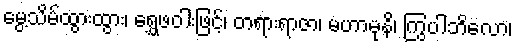
မွေ့သိမ်ထွားထွား၊ ရွှေဖဝါးဖြင့်၊ တရားရာဇာ၊ မဟာမုနိ၊ ကြွပါဘိလော၊